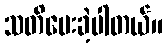
သတိပေးခဲ့ပါတယ်။